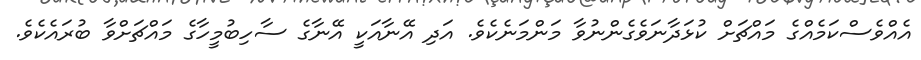
އެއްވެސްކަމެއްގެ މައްޗަށް ކުޅަދާނަވެގެންނުވާ މަންމަނެކެވެ. އަދި އޭނާއަކީ އޭނާގެ ސާހިބުމީހާގެ މައްޗަށްވާ ބުރައެކެވެ.